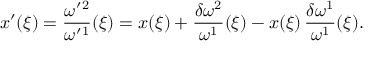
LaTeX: x ^ { \prime } ( \xi ) = \frac { \omega ^ { \prime } { } ^ { 2 } } { \omega ^ { \prime } { } ^ { 1 } } ( \xi ) = x ( \xi ) + \frac { \delta \omega ^ { 2 } } { \omega ^ { 1 } } ( \xi ) - x ( \xi ) \, \frac { \delta \omega ^ { 1 } } { \omega ^ { 1 } } ( \xi ) .